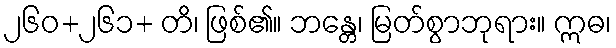
၂၆၀+၂၆၁+ တိ၊ ဖြစ်၏။ ဘန္တေ၊ မြတ်စွာဘုရား။ ဣဓ၊